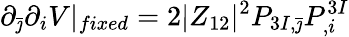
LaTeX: \partial_{\bar{\jmath}}\partial_{i}V\vert_{fixed}=2\vert Z_{12}\vert^{2}P_{3I,\bar{\jmath}}P_{,i}^{3I}